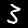
Label: 3